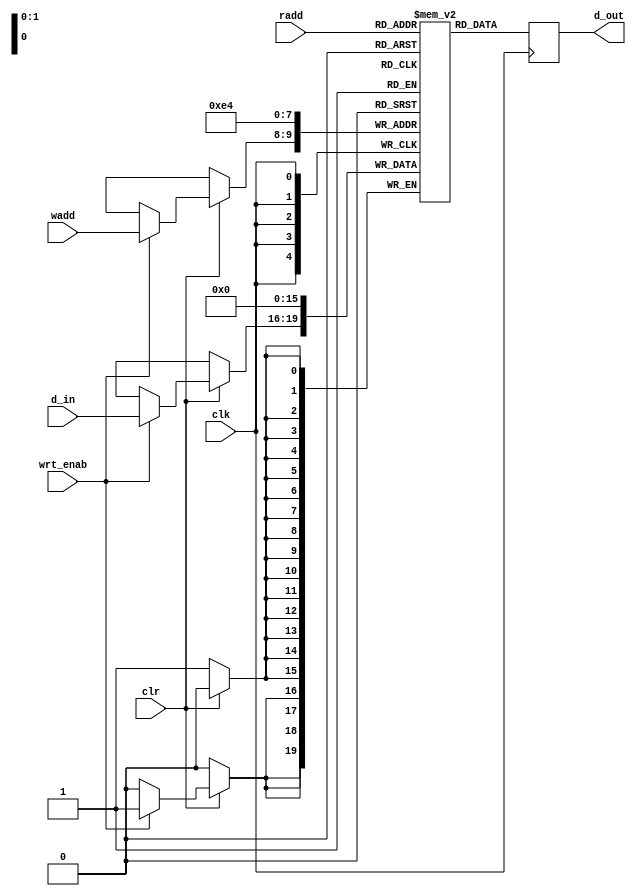
`timescale 1ns / 1ps
//////////////////////////////////////////////////////////////////////////////////
// Alex Hendren
// EE480
// DVHW9
// Parameterized Register Array 
// reg_array_param.v
// 
// + Module uses a (2^m x n) array of registers. There are 2^m registers, each
// 	4 bits wide. 
// + Read continuously (out continuously assigned to read address (radd)).
// + Write only when write enable is high (wrt_enab)
// + Write on negedge of clock
// + Read on posedge of clock 
// + Active Low synchronous clear takes precedence
// 
//////////////////////////////////////////////////////////////////////////////////
module reg_array_param(clk, clr, wrt_enab, d_in, radd, wadd, d_out);
	parameter m=2;
	parameter n=4;
	input clk, wrt_enab, clr;
	input [n-1:0] d_in;
	input [m-1:0] radd, wadd;
	output reg [n-1:0] d_out;
	
	reg [n-1:0] reg_arr[((2**m)-1):0];
	
	always @(posedge clk) begin
		d_out <= reg_arr[radd];
	end
	
	always @(negedge clk) begin
		if(clr==1'b0) 
		begin:clearBlock
			integer i;
			for(i=0; i<(2**m); i=i+1) begin:clearLoop
				reg_arr[i] <= 0; 
			end
		end
		else if(wrt_enab == 1'b1)
		begin
			reg_arr[wadd]<=d_in;
		end
	end

endmodule